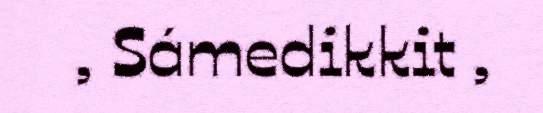
, Sámedikkit ,